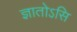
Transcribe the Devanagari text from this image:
ज्ञातोऽसि